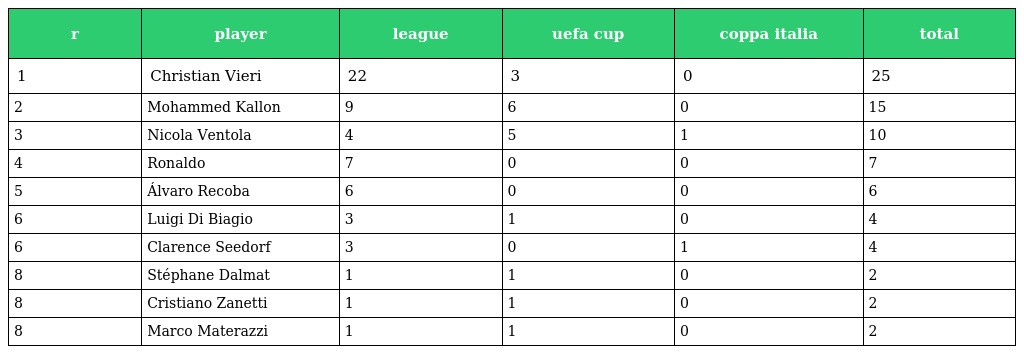
| r | player | league | uefa cup | coppa italia | total |
 | --- | --- | --- | --- | --- | --- |
 | 1 | Christian Vieri | 22 | 3 | 0 | 25 |
 | 2 | Mohammed Kallon | 9 | 6 | 0 | 15 |
 | 3 | Nicola Ventola | 4 | 5 | 1 | 10 |
 | 4 | Ronaldo | 7 | 0 | 0 | 7 |
 | 5 | Álvaro Recoba | 6 | 0 | 0 | 6 |
 | 6 | Luigi Di Biagio | 3 | 1 | 0 | 4 |
 | 6 | Clarence Seedorf | 3 | 0 | 1 | 4 |
 | 8 | Stéphane Dalmat | 1 | 1 | 0 | 2 |
 | 8 | Cristiano Zanetti | 1 | 1 | 0 | 2 |
 | 8 | Marco Materazzi | 1 | 1 | 0 | 2 |